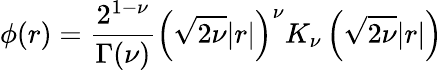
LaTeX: \phi(r)=\frac{2^{1-\nu}}{\Gamma(\nu)}\left(\sqrt{2\nu}|r|\right)^{\nu}K_{\nu}\left(\sqrt{2\nu}|r|\right)